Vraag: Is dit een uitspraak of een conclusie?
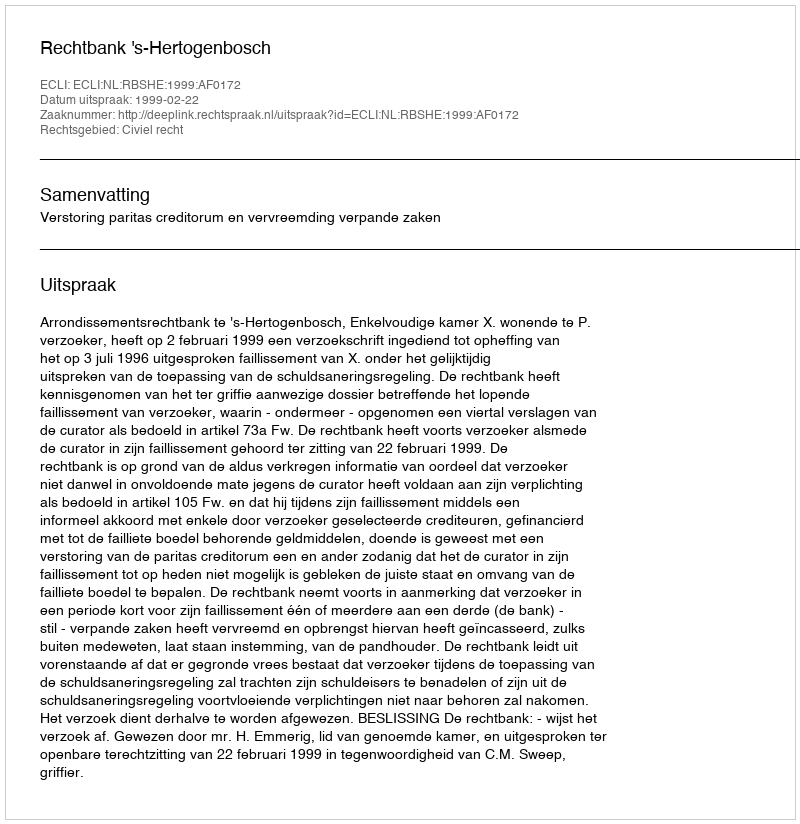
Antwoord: Uitspraak